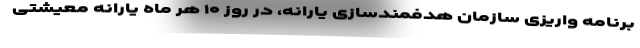
برنامه واریزی سازمان هدفمندسازی یارانه، در روز ۱۰ هر ماه یارانه معیشتی